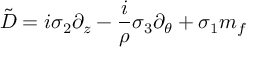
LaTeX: \tilde { D } = i \sigma _ { 2 } \partial _ { z } - \frac { i } { \rho } \sigma _ { 3 } \partial _ { \theta } + \sigma _ { 1 } m _ { f }